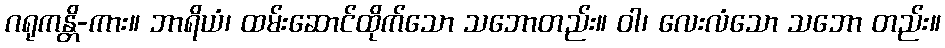
ဂရုကန္တိ-ကား။ ဘာရိယံ၊ ထမ်းဆောင်ထိုက်သော သဘောတည်း။ ဝါ၊ လေးလံသော သဘော တည်း။